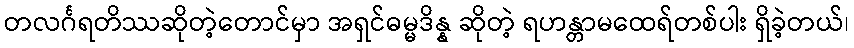
တလင်္ဂရတိဿဆိုတဲ့တောင်မှာ အရှင်ဓမ္မဒိန္န ဆိုတဲ့ ရဟန္တာမထေရ်တစ်ပါး ရှိခဲ့တယ်၊